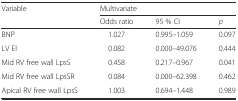
| <ROWSPAN=2> Variable | <COLSPAN=3> Multivariate |
 | Odds ratio | 95 % CI | p |
 | --- | --- | --- | --- |
 | BNP | 1.027 | 0.995–1.059 | 0.097 |
 | LV EI | 0.082 | 0.000–49.076 | 0.444 |
 | Mid RV free wall LpsS | 0.458 | 0.217–0.967 | 0.041 |
 | Mid RV free wall LpsSR | 0.084 | 0.000–62.398 | 0.462 |
 | Apical RV free wall LpsS | 1.003 | 0.694–1.448 | 0.989 |